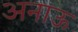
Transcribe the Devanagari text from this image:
अनाऊ